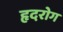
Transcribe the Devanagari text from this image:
हृदरोग